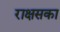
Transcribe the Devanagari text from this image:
राक्षसका